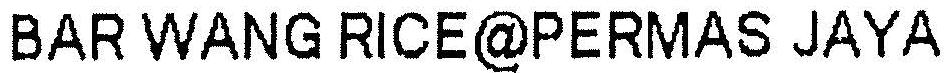
BAR WANG RICE@PERMAS JAYA